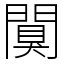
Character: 闃